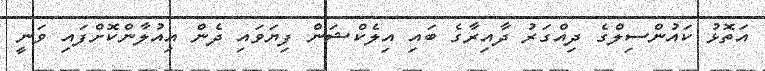
އަތޮޅު ކައުންސިލްގެ ދިއްގަރު ދާއިރާގެ ބައި އިލެކްޝަން ފިޔަވައި ދެން އިއުލާންކޮށްފައި ވަނީ